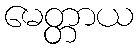
မေတ္တာယ